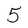
Character: 5